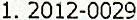
1. 2012-0029